Report of the Indian Hemp Drugs Commission, 1894-1895 - Volume VI
Year: 1894
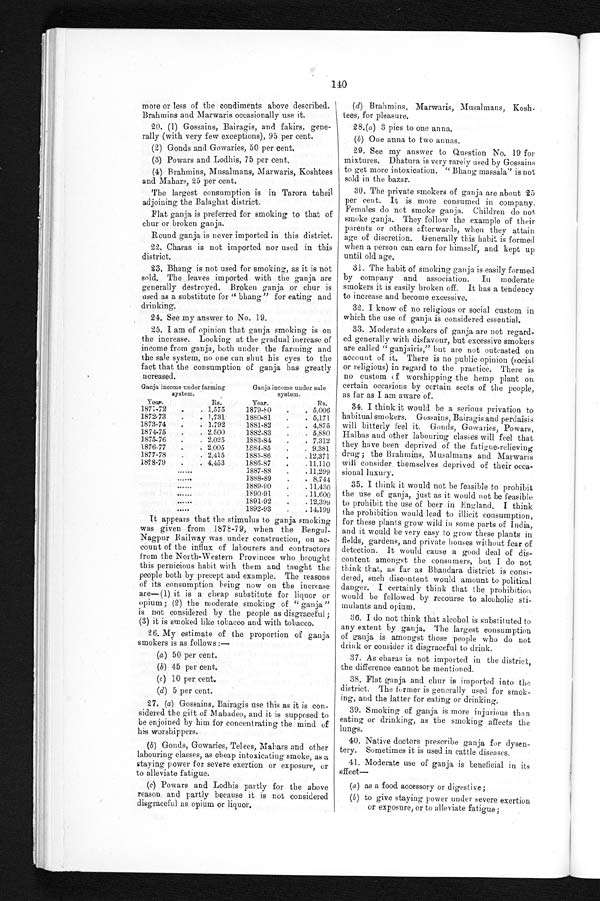
more or less of the condiments above described.
Brahmins and Marwaris occasionally use it.
20. (1) Gossains, Bairagis, and fakirs, gene-
rally (with very few exceptions), 95 per cent.
(2)Gonds and Gowaries, 50 per cent.
(3) Powars and Lodhis, 75 per cent.
(4) Brahmins, Musalmans, Marwaris, Koshtees
and Mahars, 25 per cent.
The largest consumption is in Tarora tahsil
adjoining the Balaghat district.
Flat ganja is preferred for smoking to that of
chur or broken ganja.
Round ganja is never imported in this district.
22. Charas is not imported nor used in this
district.
23. Bhang is not used for smoking, as it is not
sold. The leaves imported with the ganja
generally destroyed. Broken ganja or chur is
used as a substitute for "bhang" for eating and
drinking.
24.See my answer to No. 19.
25.I am of opinion that ganja smoking is on
the increase. Looking at the gradual increase of
income from ganja, both under the fanning and
the sale system, no one can shut his eyes to the
fact that, the consumption of ganja has greatly
ncreased.
Ganja income under farming
system.
Ganja income under sale
system.
Year.
Rs.
Year.
Rs.
1871-72
.
. 1,575
1879-50
.
. 5,006
1872-73
.
. 1,731
1880-81
.
. 5,171
1873-74
.
. 1,792
1881-82
.
. 4,875
1874-75
.
. 2,500
1882-83
.
. 5,880
1875-76
.
. 2,025
1883-84
.
. 7,312
1876-77
.
. 2.005
1884-85
.
. 9,381
1877-78
.
. 2,415
1885-86
.
. 12,371
1878-79
.
. 4,453
1886-87
.
. 11,110
......
1887-88
.
. 11,299
......
1888-89
.
. 8,744
......
1889-90
.
. 11,430
......
1590-91
.
. 11,600
......
1891-92
.
. 12,399
......
1892-93
.
. 14,199
(d) Brahmins, Marwaris, Musalmans, Kosh
¬tees, for pleasure.
28.(a) 3 pies to one anna.
(b) One anna to two annas.
29.See my answer to Question No. 19 for
mixtures. Dhatura is very rarely used by Gossains
to get more intoxication. "Bhang massala," is not
sold in the bazar.
30. The private smokers of ganja are about 25
per cent. It is more consumed in company.
Females do not smoke ganja. Children do not
smoke ganja. They follow the example of their
parents or others afterwards, when they attain
age of discretion. Generally this habit is formed
when a person can earn for himself, and kept up
until old age.
31.The habit of smoking ganja is easily formed
- , 13. u mo era e
smokers it is easily broken off. It has a tendency
to increase and become excessive.
32. I know of no religious or social custom in
which the use of ganja is considered essential.
33.Moderate smokers of ganja are not regard
¬ e d g e n e r a l l y w i t h d i s f a v o u r , b u t e x c e s s i v e s m o k e r s
are called "ganjairis," but are not outcasted on
account of it. There is no public opinion (social
or religious) in regard to the practice. There is
no custom cf worshipping the hemp plant on
certain occasions by certain sects of the people,
as far as I am aware of.
34.I think it would be a serious privation to
habitual smokers. Gossains, Bairagis and perdaisis
will bitterly feel it. Gout's, Gowaries, Powars,
Halbas and other labouring classes will feel that
they have been deprived of the fatigue-relieving
drug; the Brahmins, Musalmans and Marwaris
will consider themselves deprived of their occa
¬ s i o n a l l u x u r y .
35.I think it would not be feasible to prohibit
the use of ganja, just as it would not be feasible
to prohibit the use of beer in England. I think
the prohibition would lead to illicit consumption,
for these plants grow wild in some parts of India,
and it would be very easy to grow these plants in
fields, gardens, and private houses without fear of
detection. It would cause a good deal of dis
¬ c o n t e n t a m o n g s t t h e c o n s u m e r s , b u t I d o n o t
think that, as far as Bhandara district is consi
¬ d e r e d , s u c h d i s c o n t e n t w o u l d a m o u n t t o p o l i t i c a l
danger. I certainly think that the prohibition
would be followed by recourse to alcoholic sti-
mulants and opium.
36.I do not think that alcohol is substituted to
any extent by ganja, The largest consumption
of ganja is amongst those people who do not
drink or consider it disgraceful to drink.
37.As Charas is not imported in the district,
the difference cannot be mentioned.
38.Flat ganja and chur is imported into the
district. The former is generally used for smok
¬ i n g , a n d t h e l a t t e r f o r e a t i n g o r d r i n k i n g .
39.Smoking of ganja is more injurions than
eating or drinking, as the smoking affects the
lungs.
40.Native doctors prescribe ganja for dysen
¬tery. Sometimes it is nsed in cattle diseases,
41.Moderate use of ganja is beneficial in its
effect
(a) as a food accessory or digestive;
(b) to give staying power under severe exertion
or exposure, or to alleviate fatigue;
It appears that the stimulus to ganja smoking
was given from 187-79, when the Bengal
¬Nagpur Bailway was under construction, on ac
¬ c o u n t o f t h e i n f l u x o f l a b o u r e r s a n d c o n t r a c t o r s
from the North-Western Provinces who brought
this pernicious habit with them and taught the
people both by precept and example. The reasons
of its consumption being now on the increase
are—(1) it is a cheap substitute for liquor or
opium; (2) the moderate smoking of "ganja"
is not considered by the people as disgraceful;
(3) it is smoked like tobacco and with tobacco.
26. My estimate of the proportion of ganja
smokers is as follows:—
(a)50 per cent.
(b)45 per cent.
(c)10 per cent.
(d)5 per cent.
27. (a) Gossains, Bairagis use this as it is con
¬ s i d e r e d t h e g i f t o f M a b a d e o , a n d i t i s s u p p o s e d t o
be enjoined by him for concentrating the mind of
his worshippers.
(b) Goads, Gowaries, Telees, Mahars and other
labouring classes, as cheap intoxicating smoke, as a
staying power for severe exertion or exposure, or
to alleviate fatigue.
(c) Powars and Lodhis partly for the above
reason and partly because it is not considered
disgraceful as opium or liquor.